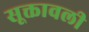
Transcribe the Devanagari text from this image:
सूक्तावली